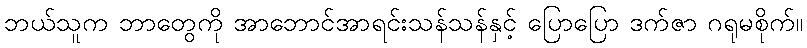
ဘယ်သူက ဘာတွေကို အာဘောင်အာရင်းသန်သန်နှင့် ပြောပြော ဒက်ဇာ ဂရုမစိုက်။